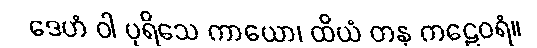
ဒေဟံ ဝါ ပုရိသေ ကာယော၊ ထိယံ တနု ကဠေဝရံ။